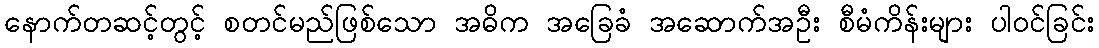
နောက်တဆင့်တွင့် စတင်မည်ဖြစ်သော အဓိက အခြေခံ အဆောက်အဦး စီမံကိန်းများ ပါဝင်ခြင်း